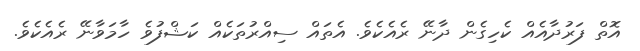
އޮތް ފަރުދާއެއް ކެހިގެން ދާނޭ ރެއެކެވެ. އެތައް ސިއްރުތަކެއް ކަޝްފުވެ ހާމަވާނޭ ރެއެކެވެ.